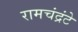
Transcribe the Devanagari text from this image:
रामचंद्रंटे